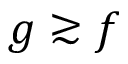
g \gtrsim f